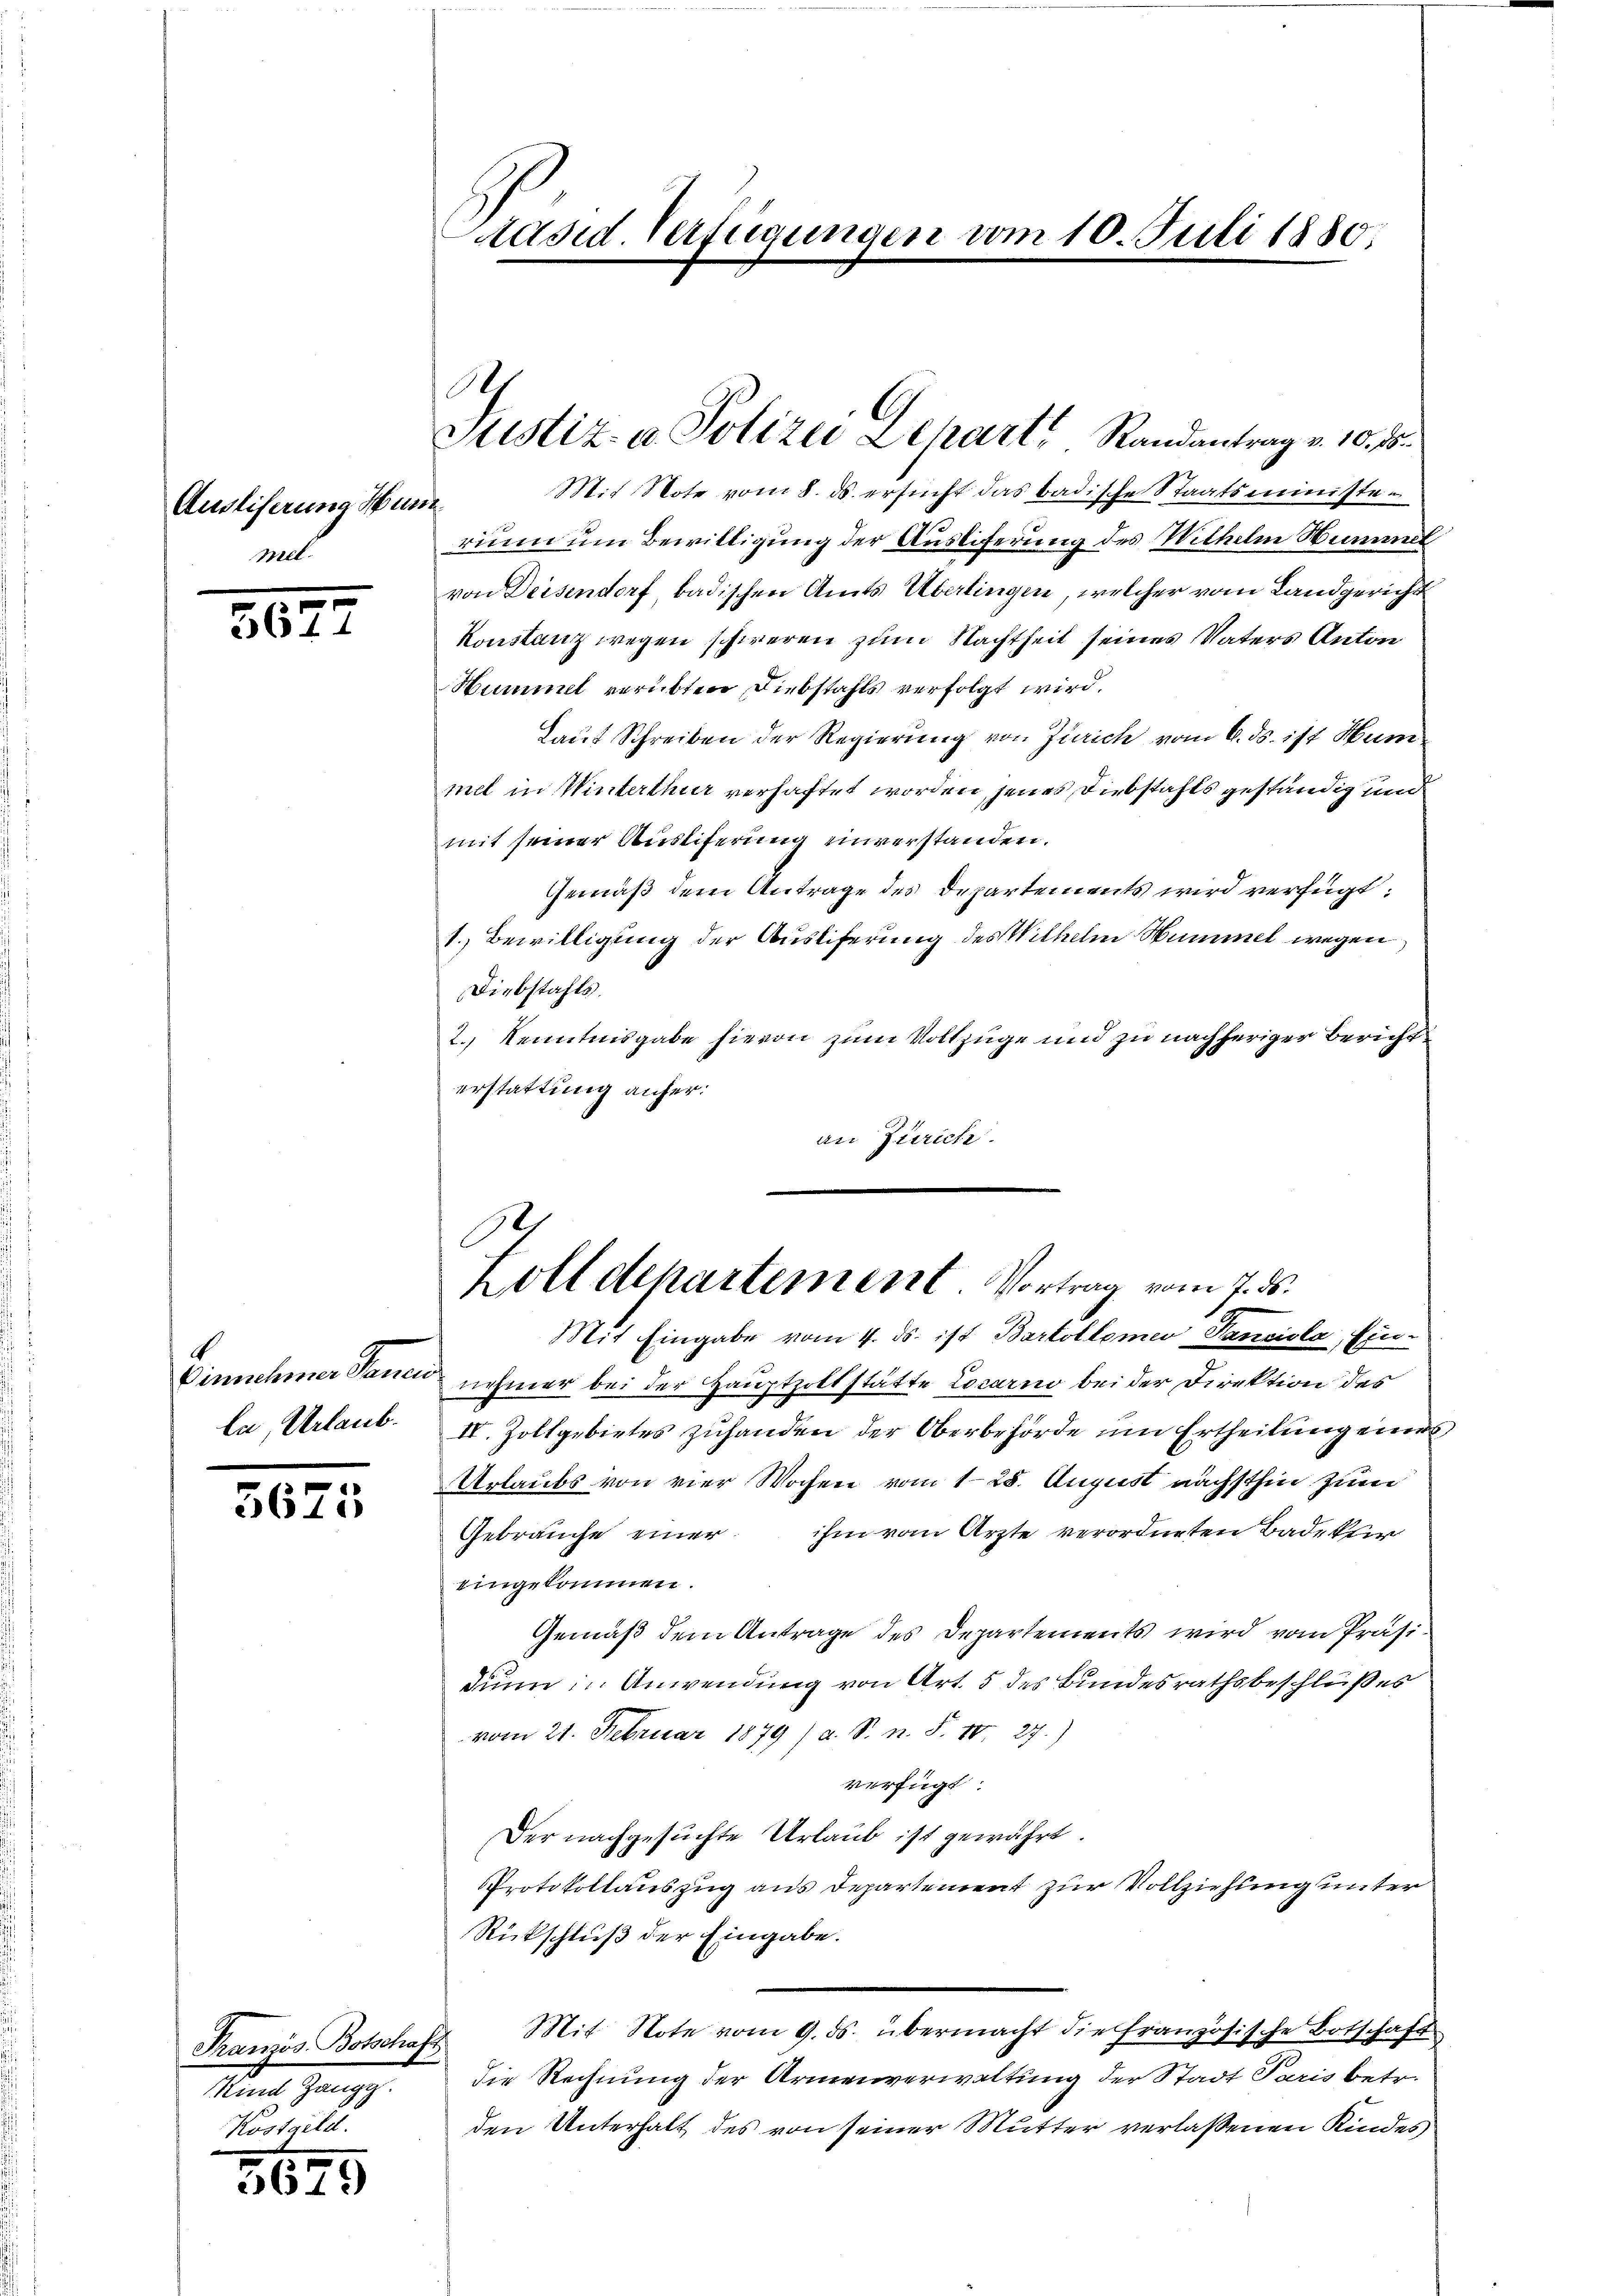
Ausliferung Hunz
mel.

3677

la, Urlaub.

5675

Mit Note vom 8. ds. ersucht das badische Staatsministerium um Bewilligung der Ausliferung des Withelm Nummel
von Deisendorf, badischen Amts Überlingen, welcher vom Landgericht
Konstanz wegen schweren zum Nachtheit seines Vaters Anton
Hummel verübten Diebstahls verfolgt wird.
Laut Schreiben der Regierung von Zürich vom 6. ds. ist Hum
mel in Winterthur verhaftet worden, jenes Diebstahls geständig und
mit seiner Ausliferung unverstanden.
Gemäß dem Antrage des Departements wird verfügt:
1. Bewilligung der Auslieferung des Wilhelm Nummel wegen
Diebstahls.
2.) Kenntnisgabe hievon zum Vollzüge und zu nachheriger Bericht
erstattung anfer:
an Zürich.

Komit Gang.
.

3695

räsid. Verfügungen vom 10. Juli 1880.

Ath
Justiz- & Polizei Depart Randantrag v. 10. 15

G
Lolldepartement. Vortrag vom 7. ds.
Mit Eingabe vom 4. ds. ist Bartollemen Panciola, Ein¬

Einnehmer Sanen nehmer bei der Hauptpoltstätte Locarno bei der Direktion des
IV. Zollgebietes zuhanden der Oberbehörde um Ertheilung eines
Urlaubs von vier Wochen vom 1. 28. August nächsthin zum
Gebrauche einer ihm vom Arzte verordneten Badekter
eingekommen.
Gemäß dem Antrage des Departements wird vom Präsidinn in Anwendung von Art. 5 des Bundesrathsbeschlußes
vom 21. Februar 1879) a. S. n. F. 10. 27.)
verfügt:
Der nachgesuchte Urlaub ist gewährt.
Protokollauszug aus Departement zur Vollziehung unter
Rückschluß der Eingabe.
Französ. Botschaft Mit Note vom 9. ds. übermacht die französische Botschaft
die Rechnung der Armenverwaltung der Stadt Paris betr.
den Unterhalt des von seiner Mutter verlaßenen Kindes